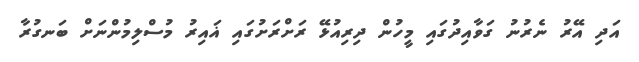
އަދި އޭރު ނެރުނު ގަވާއިދުގައި މީހުން ދިރިއުޅޭ ރަށްރަށުގައި ޣައިރު މުސްލިމުންނަށް ބަނގުރާ